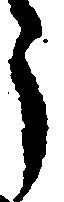
う